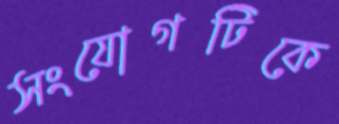
সংযোগটিকে